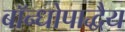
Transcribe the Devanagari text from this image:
बॉन्धोपाद्धैय